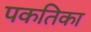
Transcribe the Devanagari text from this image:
पकतिका